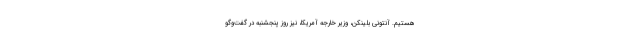
هستیم. آنتونی بلینکن، وزیر خارجه آمریکا، نیز روز پنجشنبه در گفت‌وگو